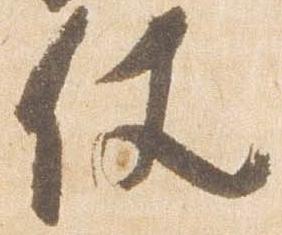
仗